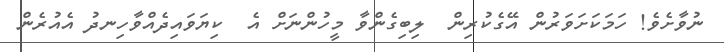
ނުވާށެވެ! ހަމަކަށަވަރުން އޭގެކުރިން  ލިބިގެންވާ މީހުންނަށް އެ  ކިޔަވައިދެއްވާހިނދު އެއުރެން